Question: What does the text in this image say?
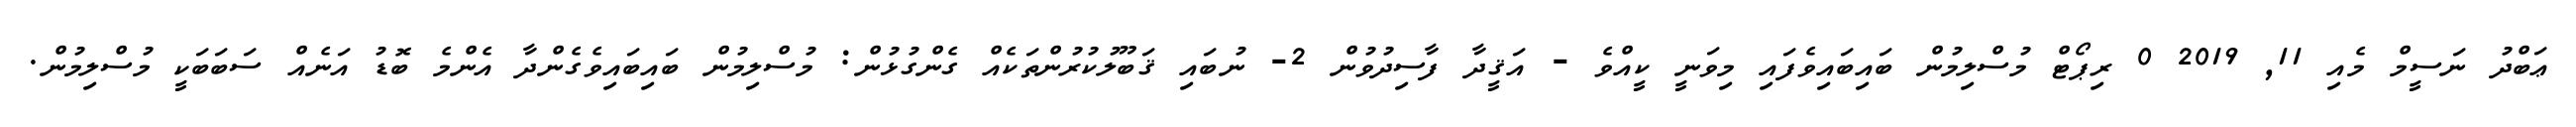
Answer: ޢަބްދު ނަސީމް މެއި 11, 2019 0 ރިޕޯޓް މުސްލިމުން ބައިބައިވެފައި މިވަނީ ކީއްވެ - އަޤީދާ ފާސިދުވުން 2- ނުބައި ޤަބޫލުކުރުންތަކެއް ގެންގުޅުން: މުސްލިމުން ބައިބައިވެގެންދާ އެންމެ ބޮޑު އަނެއް ސަބަބަކީ މުސްލިމުން.